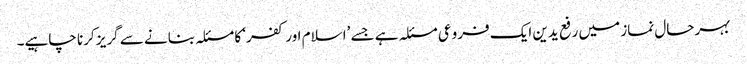
بہرحال نماز میں رفع یدین ایک فروعی مسئلہ ہے جسے ’اسلام اور کفر‘ کا مسئلہ بنانے سے گریز کرنا چاہیے۔